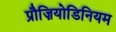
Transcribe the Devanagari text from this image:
प्रौज़ियोडिनियम